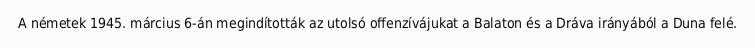
A németek 1945. március 6-án megindították az utolsó offenzívájukat a Balaton és a Dráva irányából a Duna felé.